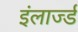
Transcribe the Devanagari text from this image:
इंलार्ज्ड